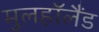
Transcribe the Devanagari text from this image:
मुलहॉलैंड